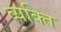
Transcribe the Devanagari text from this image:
व्‍यक्त्‍िा